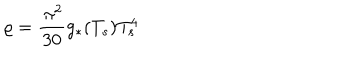
LaTeX: \varrho = \frac { \, \pi ^ { 2 } } { 3 0 } g _ { \ast } ( T _ { s } ) T _ { s } ^ { 4 }